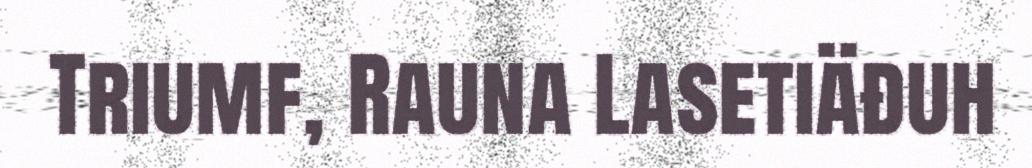
Triumf, Rauna Lasetiäđuh